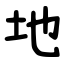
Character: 地